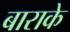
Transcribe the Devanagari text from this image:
बाराके